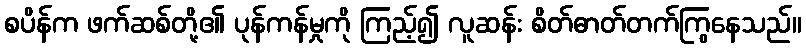
စပိန်က ဖက်ဆစ်တို့၏ ပုန်ကန်မှုကို ကြည့်၍ လူဆန်း စိတ်ဓာတ်တက်ကြွနေသည်။